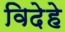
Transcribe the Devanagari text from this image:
विदेहे